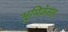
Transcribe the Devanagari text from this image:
भूमिकेसह